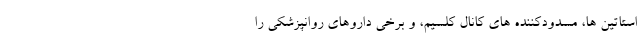
استاتین ها، مسدودکننده های کانال کلسیم، و برخی داروهای روانپزشکی را